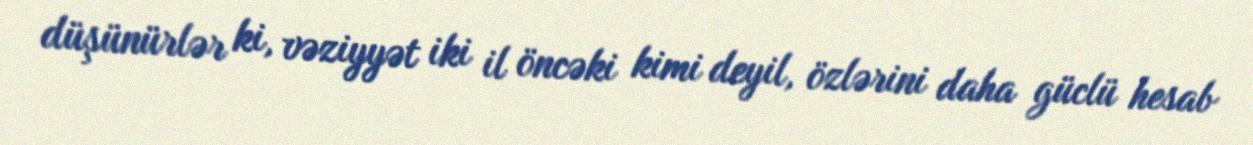
düşünürlər ki, vəziyyət iki il öncəki kimi deyil, özlərini daha güclü hesab